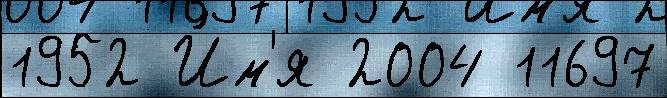
1952 И́м'я 2004 11697